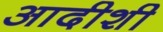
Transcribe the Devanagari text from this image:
आदीशी